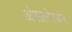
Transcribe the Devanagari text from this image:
अंमळनेरकर